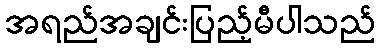
အရည်အချင်းပြည့်မီပါသည်